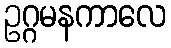
ဥဂ္ဂမနကာလေ